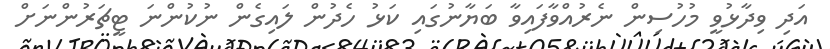
އަދި ވިދާޅުވީ މުހުސިން ނެރުއްވާފައިވާ ބަޔާނުގައި ކަޅު ހެދުން ލައިގެން ނުކުންނަ ޓީޗަރުންނަށް